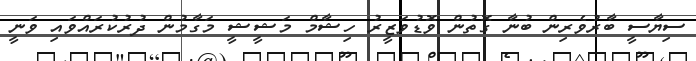
ސިޔާސީ ބާރުވެރިން ބުނާ ގޮތުން ވޮޑުވަޒީރު ހިޝާމް މަޝީޝީ މަގާމުން ދުރުކުރައްވައި ވަނީ